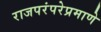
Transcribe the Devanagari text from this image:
राजपरंपरेप्रमाणे